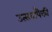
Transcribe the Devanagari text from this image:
उत्सवांपैकी